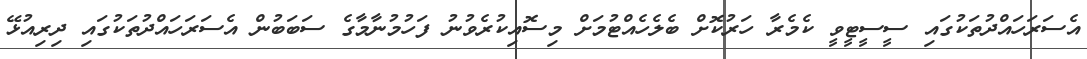
އެސަރަހައްދުތަކުގައި ސީސީޓީވީ ކެމެރާ ހަރުކޮށް ބެލެހެއްޓުމަށް މިސޮއިކުރެވުނު ފަހުމުނާމާގެ ސަބަބުން އެސަރަހައްދުތަކުގައި ދިރިއުޅޭ